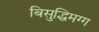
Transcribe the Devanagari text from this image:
बिसुद्धिमग्ग